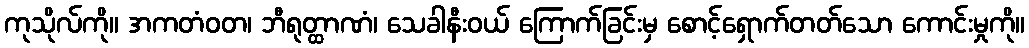
ကုသိုလ်ကို။ အကတံဝတ၊ ဘီရုတ္ထာဏံ၊ သေခါနီးဝယ် ကြောက်ခြင်းမှ စောင့်ရှောက်တတ်သော ကောင်းမှုကို။